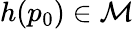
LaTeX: h(p_{0})\in\mathcal{M}